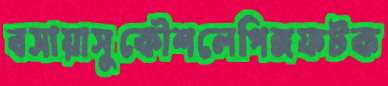
বসায়াসুকৌশলেপিঙ্গফটক